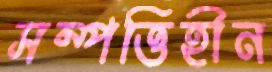
সম্পত্তিহীন